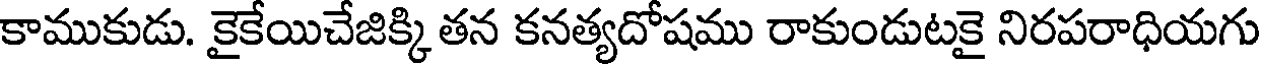
కాముకుడు. కైకేయిచేజిక్కి తన కనత్యదోషము రాకుండుటకై నిరపరాధియగు